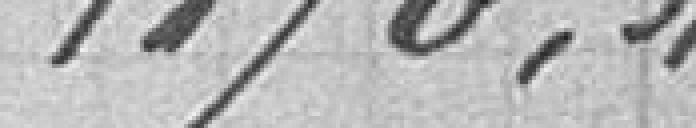
1 870,31